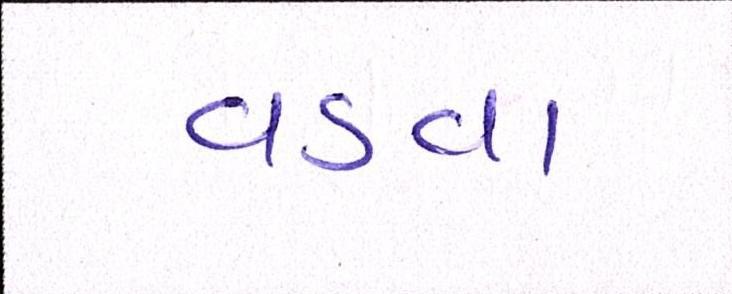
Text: વડવા